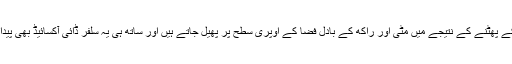
آتش فشان کے پھٹنے کے نتیجے میں مٹی اور راکھ کے بادل فضا کے اوپری سطح پر پھیل جاتے ہیں اور ساتھ ہی یہ سلفر ڈائی آکسائیڈ بھی پیدا کرتے ہیں۔